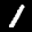
Label: 1